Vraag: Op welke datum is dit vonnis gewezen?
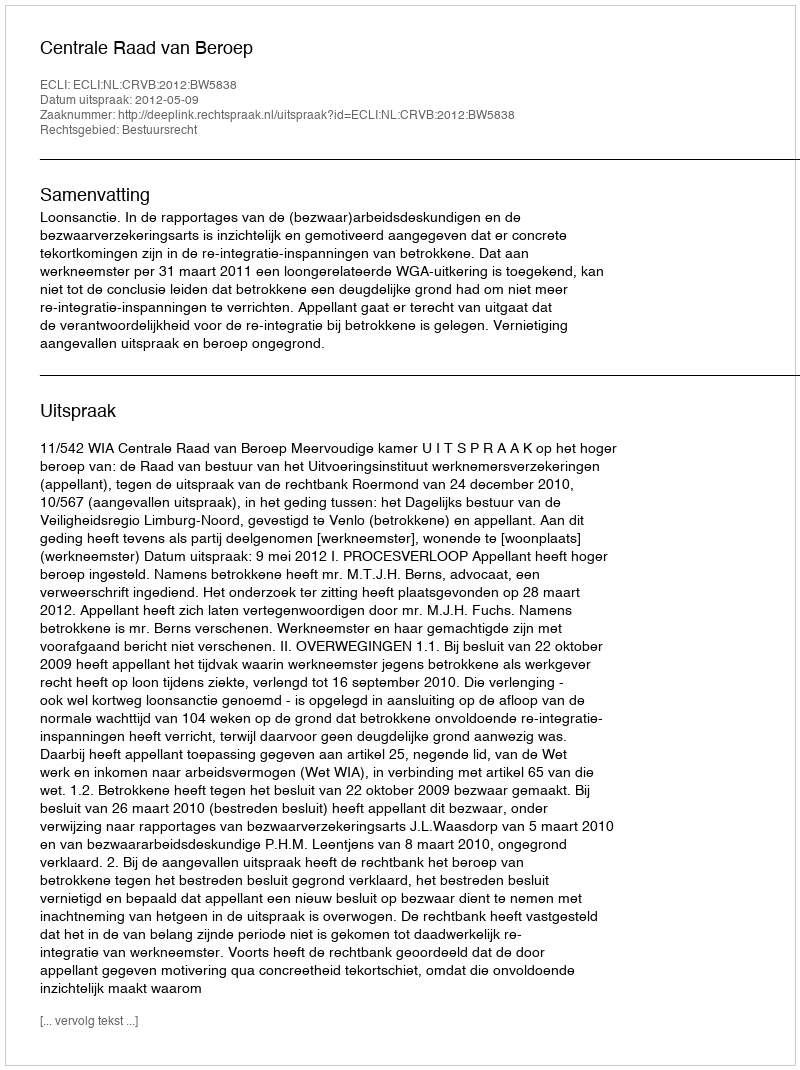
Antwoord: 2012-05-09